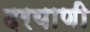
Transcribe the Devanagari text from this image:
दरयाणी